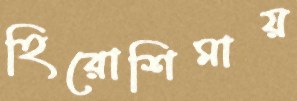
হিরোশিমায়